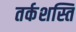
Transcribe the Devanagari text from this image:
तर्कशस्ति